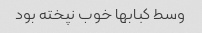
وسط کبابها خوب نپخته بود